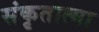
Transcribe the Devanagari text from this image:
संकृतात्मा